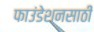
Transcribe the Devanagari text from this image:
फाउंडेशनसाठी